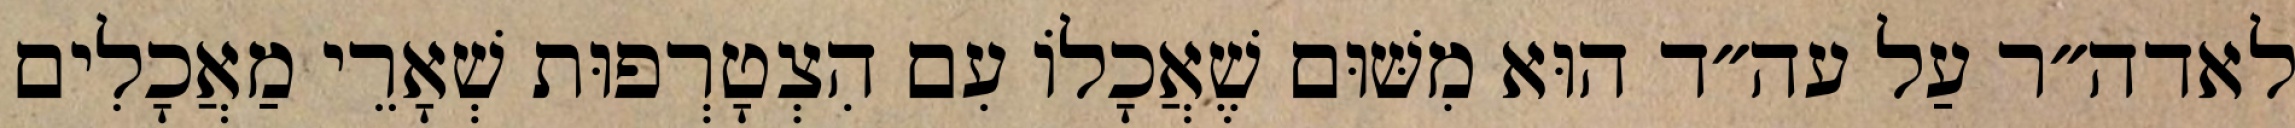
לאדה״ר עַל עה״ד הוּא מִשּׁוּם שֶׁאֲכָלוֹ עִם הִצְטָרְפוּת שְׁאָרֵי מַאֲכָלִים